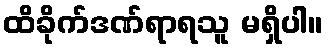
ထိခိုက်ဒဏ်ရာရသူ မရှိပါ။